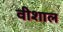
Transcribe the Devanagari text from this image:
वीशाल